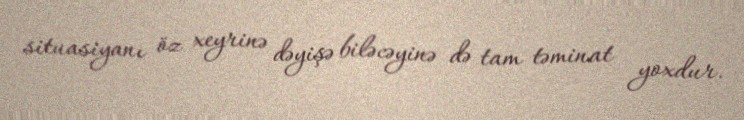
situasiyanı öz xeyrinə dəyişə biləcəyinə də tam təminat yoxdur.